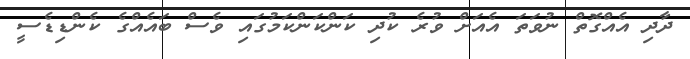
ދާދި އެއްގޮތް ނުވަތަ އެއަށް ވުރެ ކުދި ކަންކަންކަމުގައި ވެސް ބައެއްގެ ކެންޑިޑެސީ